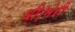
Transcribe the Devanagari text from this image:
थी।मेरी